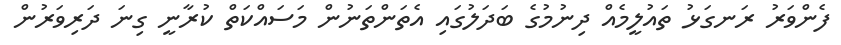
ފެންވަރު ރަނގަޅު ތައުލީމެއް ދިނުމުގެ ބަދަލުގައި އެތަންތަނުން މަސައްކަތް ކުރާނީ ގިނަ ދަރިވަރުން